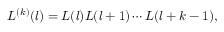
L ^ { ( k ) } ( l ) = L ( l ) L ( l + 1 ) \cdots L ( l + k - 1 ) ,